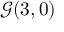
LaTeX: { \mathcal { G } } ( 3 , 0 )